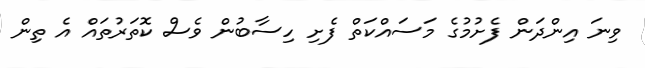
ވިނަ އިންދަން ފެށުމުގެ މަސައްކަތް ފެށި ހިސާބުން ވެސް ކޮތަރުތައް އެ ތިން